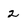
Character: 2